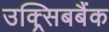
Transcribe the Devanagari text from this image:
उक्र्सिबबैंक